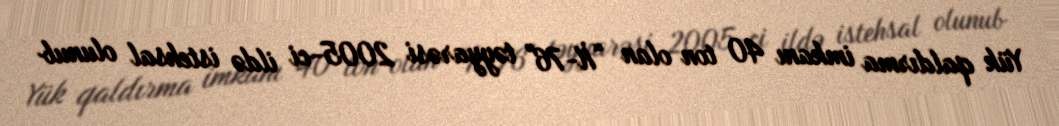
Yük qaldırma imkanı 40 ton olan “İl-76" təyyarəsi 2005-ci ildə istehsal olunub